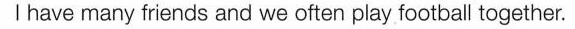
I have many friends and we often play football together.